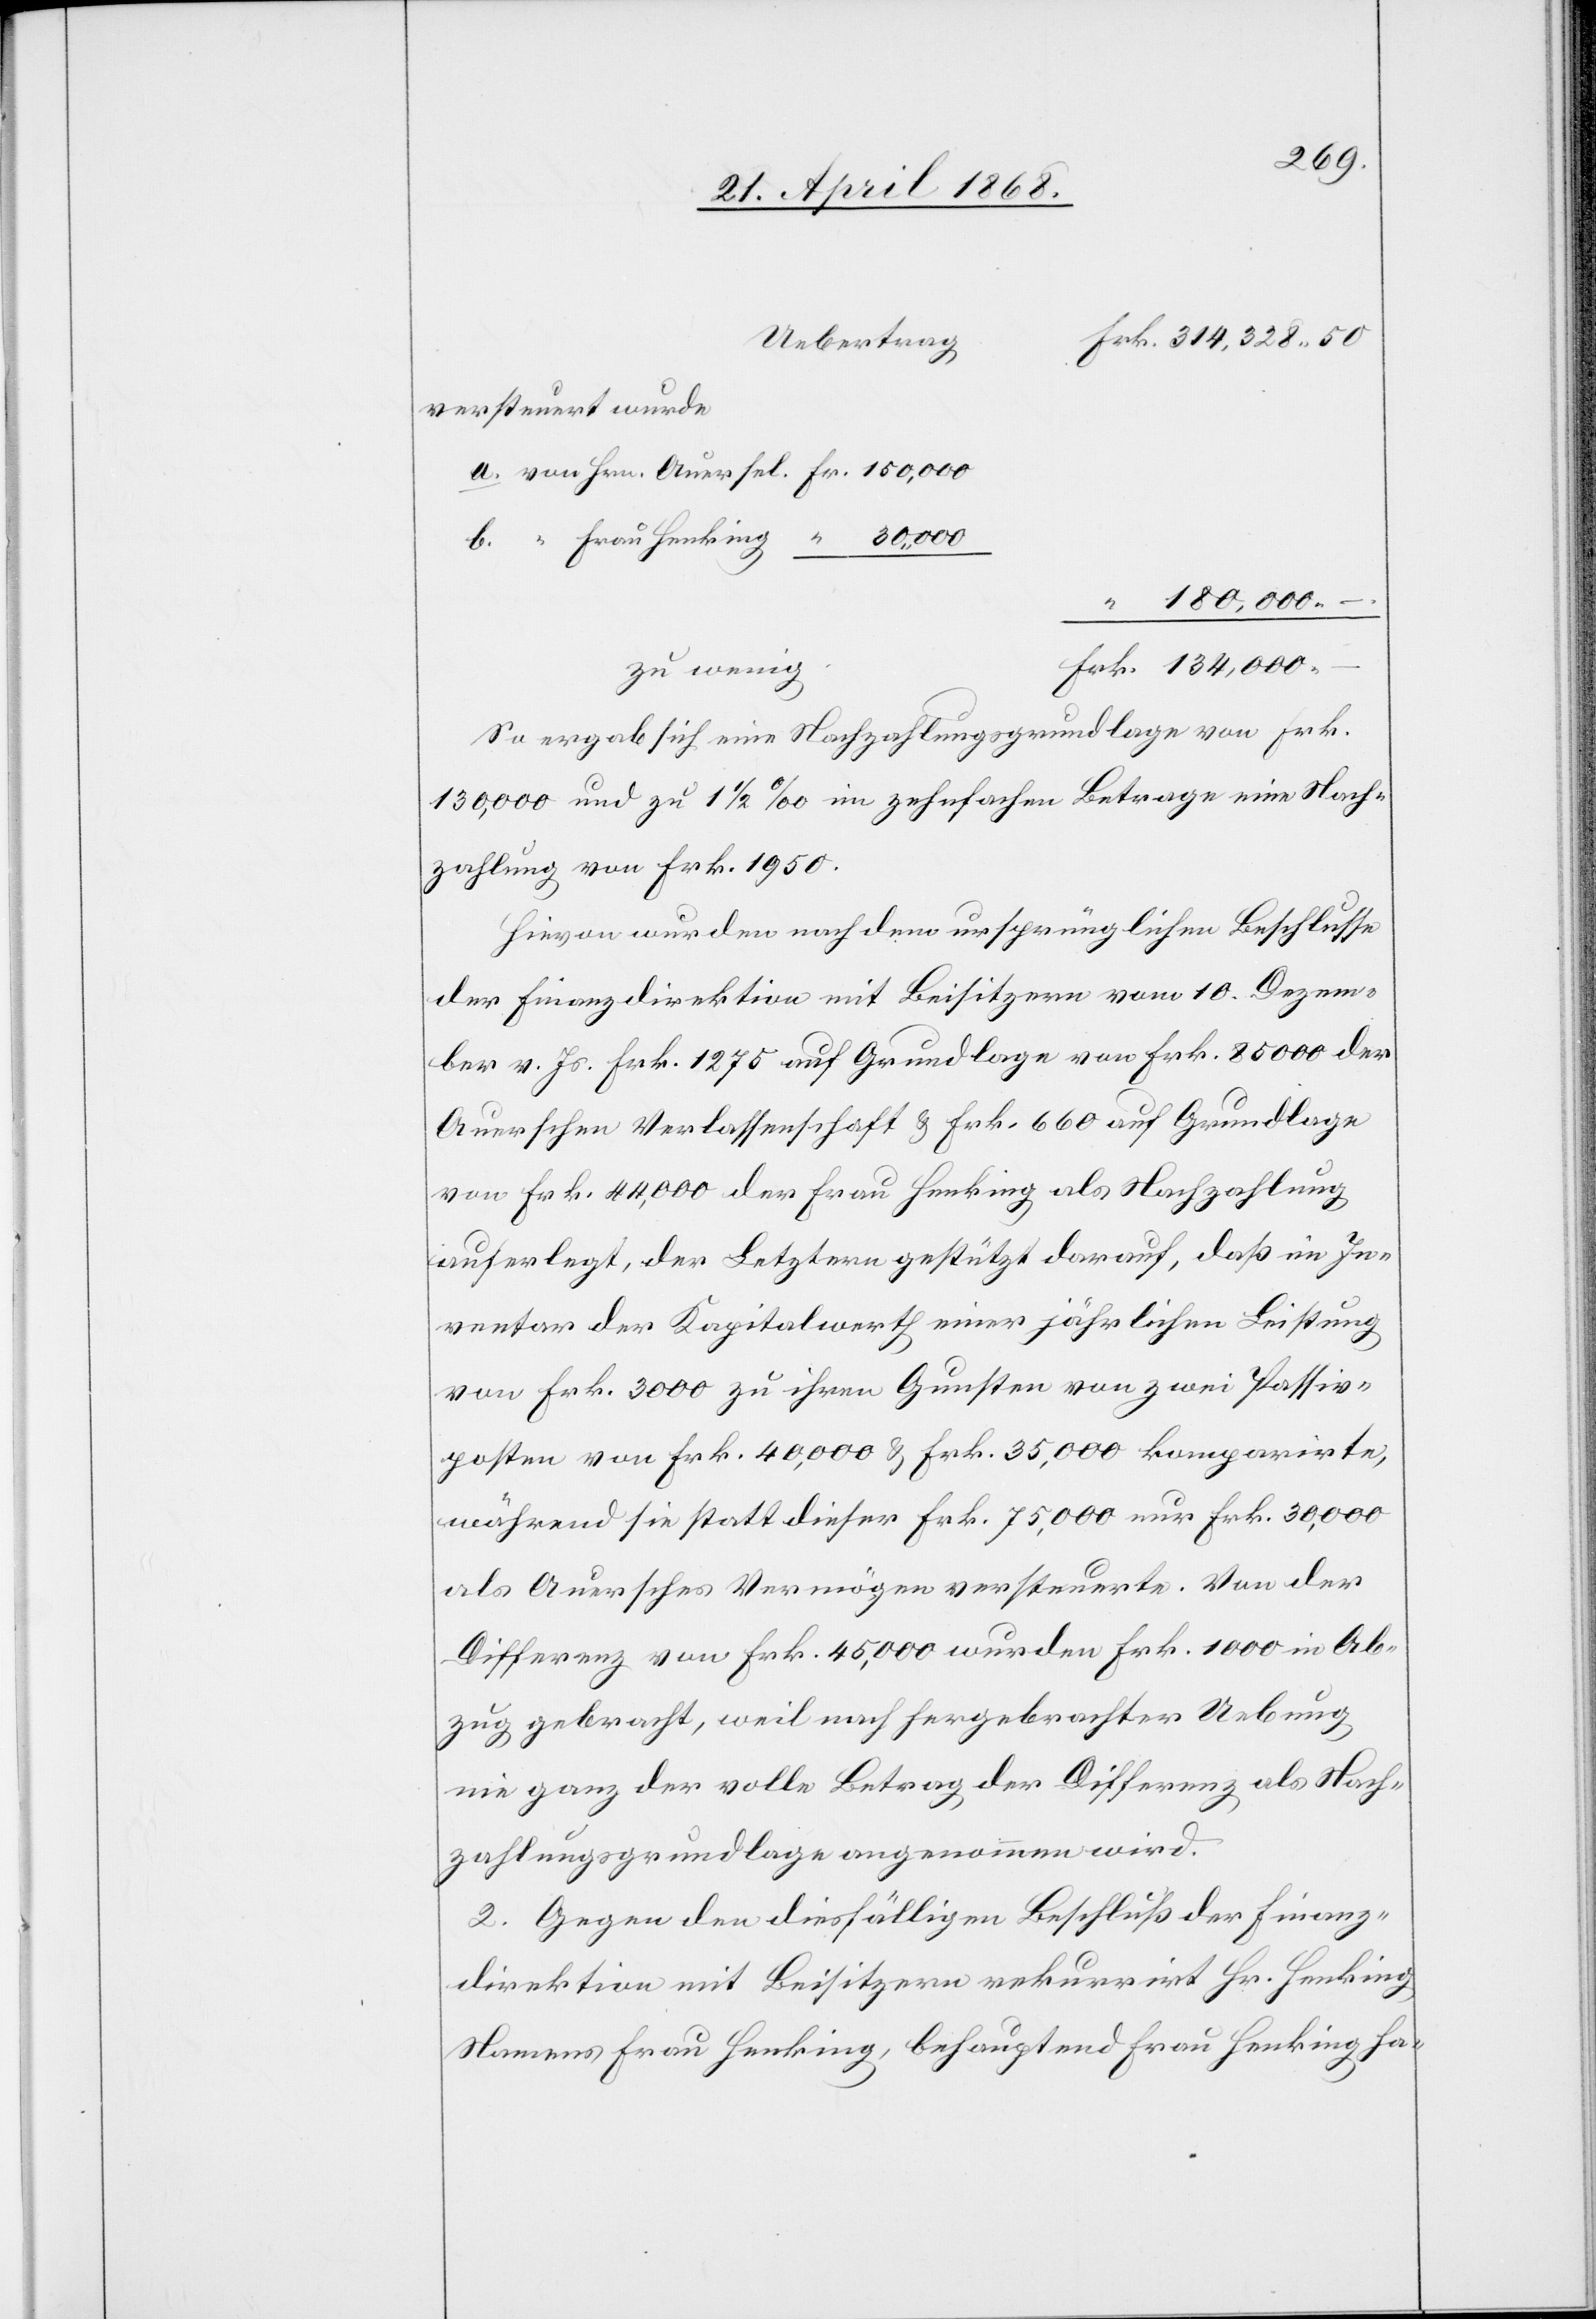
Uebertrag
Frk. 314,328. 50
versteuert wurde
180,000. –
.
Frk. 134,000.
zu wenig.
So ergab sich eine Nachzahlungsgrundlage von Frk.
130,000 und zu 1 1/2 ‰ im zehnfachen Betrage eine Nach¬
zahlung von Frk. 1950.
Hievon wurden nach dem ursprünglichen Beschlusse
der Finanzdirektion mit Beisitzern vom 10. Dezem¬
ber v. Js. Frk. 1275 auf Grundlage von Frk. 85 000 der
Auerschen Verlassenschaft & Frk. 660 auf Grundlage
von Frk. 44,000 der Frau Henking als Nachzahlung
auferlegt, der Letztern gestützt darauf, daß im In¬
ventar der Kapitalwerth einer jährlichen Leistung
von Frk. 3000 zu ihren Gunsten von zwei Passiv¬
posten von Frk. 40,000 & Frk. 35,000 komparirte,
während sie statt dieser Frk. 75,000 nur Frk. 30,000
als Auersches Vermögen versteuerte. Von der
Differenz von Frk. 45,000 wurden Frk. 1000 in Ab¬
zug gebracht, weil nach hergebrachter Uebung
nie ganz der volle Betrag der Differenz als Nach¬
zahlungsgrundlage angenommen wird.
2. Gegen den diesfälligen Beschluß der Finanz¬
direktion mit Beisitzern rekurrirt Hr. Henking
Namens Frau Henking, behauptend Frau Henking ha-